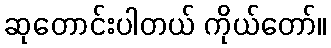
ဆုတောင်းပါတယ် ကိုယ်တော်။